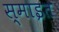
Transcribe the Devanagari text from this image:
स्माइत